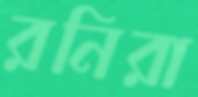
রনিরা